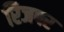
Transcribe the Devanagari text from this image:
रिजपर